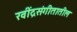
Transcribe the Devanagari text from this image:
रवींद्रसंगीतातील